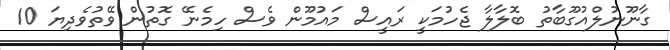
ގާނޫނުލްއުގޫބާތު ބޮލާލާ ޖެހުމަކީ ރައީސް މައުމޫން ވެސް ހިމެނޭ ގޮތުން ވޭތުވެދިޔަ 10